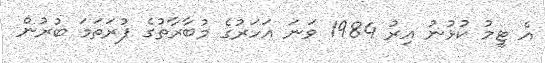
އެ ޓީމު ކުޅުނު އިރު 1984 ވަނަ އަހަރުގެ މުބާރާތުގެ ފުރަތަމަ ބުރުން